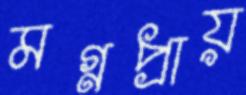
মগ্নপ্রায়